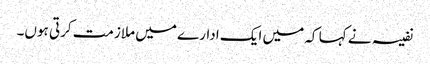
نفیسہ نے کہا کہ میں ایک ادارے میں ملازمت کرتی ہوں۔